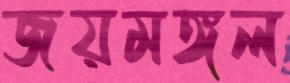
জয়মঙ্গল